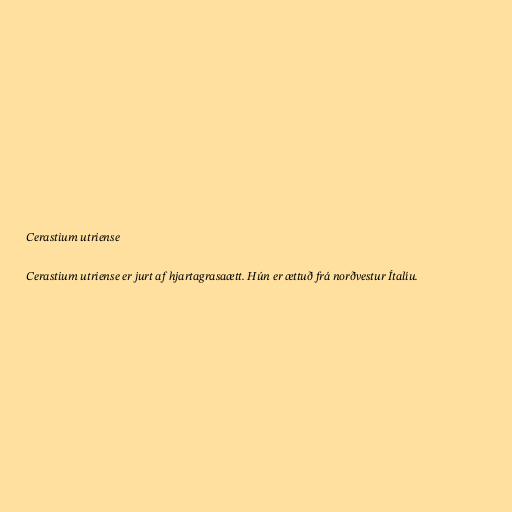
Cerastium utriense

Cerastium utriense er jurt af hjartagrasaætt. Hún er ættuð frá norðvestur Ítalíu.